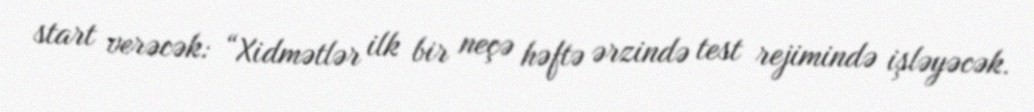
start verəcək: “Xidmətlər ilk bir neçə həftə ərzində test rejimində işləyəcək.